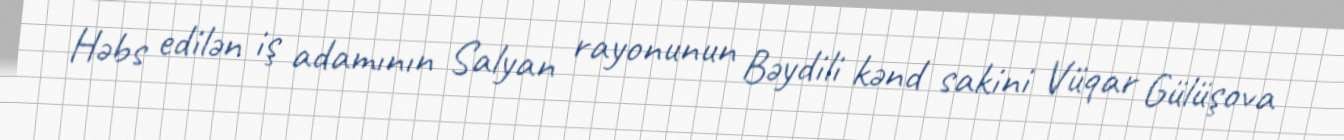
Həbs edilən iş adamının Salyan rayonunun Bəydili kənd sakini Vüqar Gülüşova